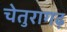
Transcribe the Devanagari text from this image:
चेतुरागढ़